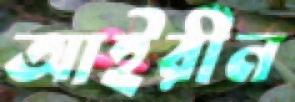
আইরীন